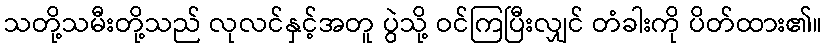
သတို့သမီးတို့သည် လုလင်နှင့်အတူ ပွဲသို့ ဝင်ကြပြီးလျှင် တံခါးကို ပိတ်ထား၏။